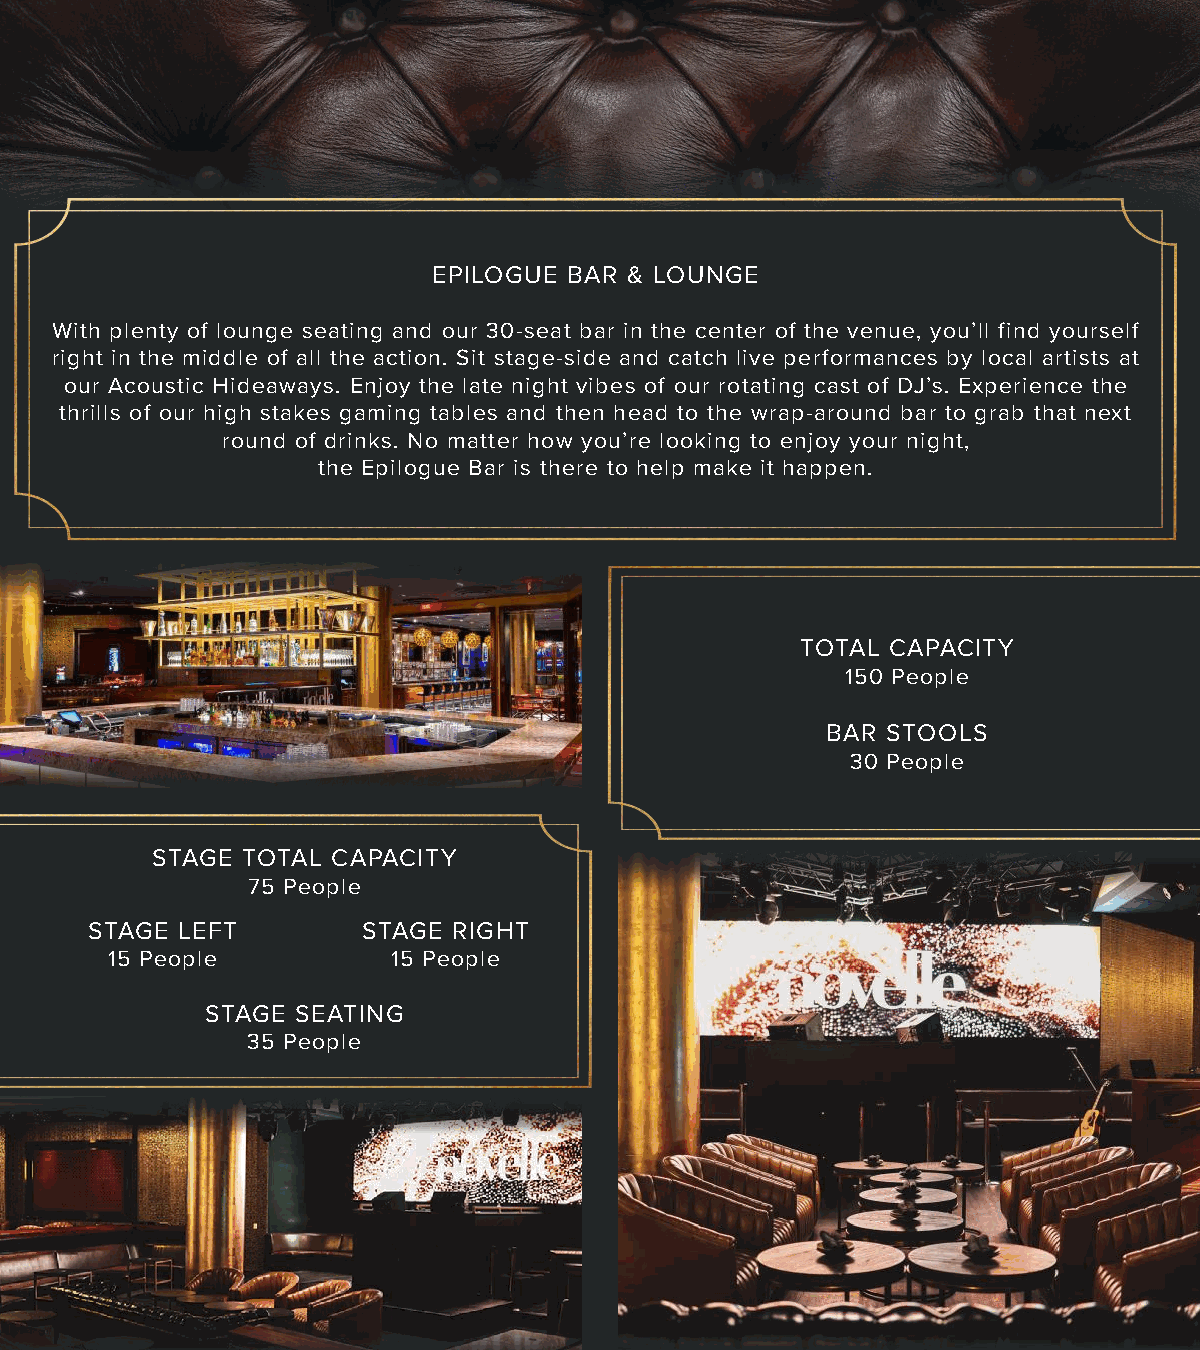
EPILOGUE BAR & LOUNGE
 With plenty of lounge seating and our 30-seat bar in the center of the venue, you’ll find yourself
 right in the middle of all the action. Sit stage-side and catch live performances by local artists at
 our Acoustic Hideaways. Enjoy the late night vibes of our rotating cast of DJ’s. Experience the
 thrills of our high stakes gaming tables and then head to the wrap-around bar to grab that next
 round of drinks. No matter how you’re looking to enjoy your night,
 the Epilogue Bar is there to help make it happen.
 TOTAL CAPACITY
 150 People
 BAR STOOLS
 30 People
 STAGE TOTAL CAPACITY
 75 People
 STAGE LEFT        STAGE RIGHT
 15 People          15 People
 STAGE SEATING
 35 People